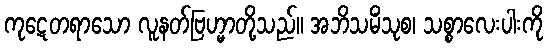
ကုဋေတရာသော လူနတ်ဗြဟ္မာတို့သည်။ အဘိသမိံသုစ၊ သစ္စာလေးပါးကို